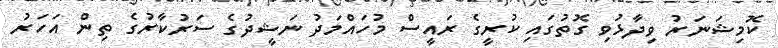
ކޮމިޝަނަރު ވިދާޅުވި ގޮތުގައި ކުރީގެ ރައީސް މުހައްމަދު ނަޝީދުގެ ސަރުކާރުގެ ތިން އަހަރު